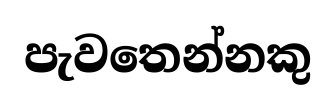
පැවතෙන්නකු